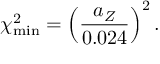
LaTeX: \chi _ { \mathrm { m i n } } ^ { 2 } = \left( \frac { a _ { Z } } { 0 . 0 2 4 } \right) ^ { 2 } .